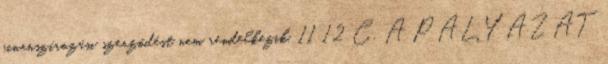
finanszírozási szerződést nem rendelkezik, 11 12 C. A PÁLYÁZAT